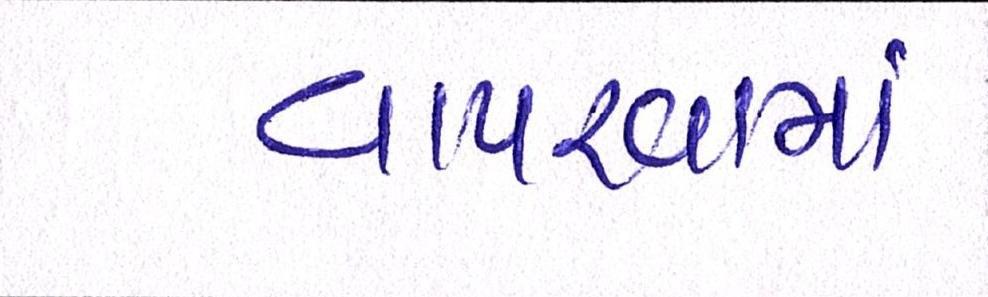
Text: વાપરવામાં